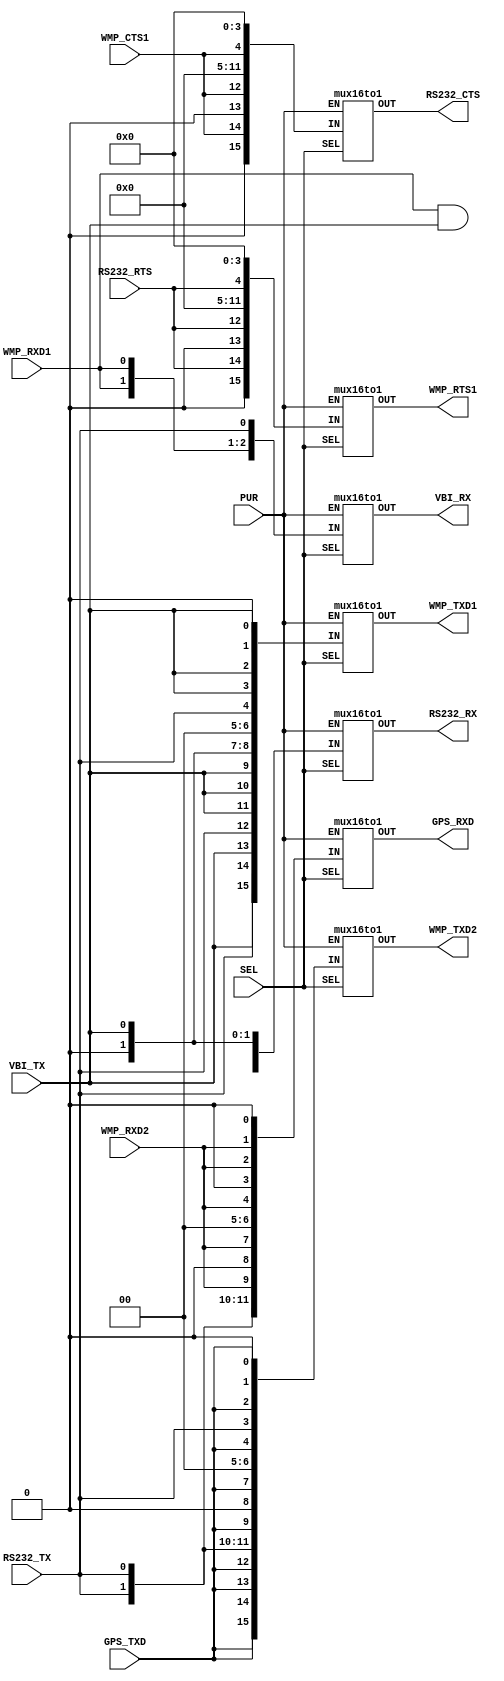
// Copyright (C) 1991-2012 Altera Corporation
// Your use of Altera Corporation's design tools, logic functions 
// and other software and tools, and its AMPP partner logic 
// functions, and any output files from any of the foregoing 
// (including device programming or simulation files), and any 
// associated documentation or information are expressly subject 
// to the terms and conditions of the Altera Program License 
// Subscription Agreement, Altera MegaCore Function License 
// Agreement, or other applicable license agreement, including, 
// without limitation, that your use is for the sole purpose of 
// programming logic devices manufactured by Altera and sold by 
// Altera or its authorized distributors.  Please refer to the 
// applicable agreement for further details.

// PROGRAM		"Quartus II 32-bit"
// VERSION		"Version 12.1 Build 177 11/07/2012 SJ Full Version"
// CREATED		"Fri Nov 30 16:37:58 2012"

module CrossPoint_SW(
input 	[3:0]SEL,
input 	WMP_CTS1,
input 	GPS_TXD,
input 	RS232_TX,
input 	WMP_RXD2,
input 	WMP_RXD1,
input 	VBI_TX,
input 	RS232_RTS,
input 	PUR,
output 	RS232_CTS,
output 	GPS_RXD,
output 	RS232_RX,
output 	WMP_TXD2,
output 	WMP_TXD1,
output 	WMP_RTS1,
output 	VBI_RX
);

//Debug port clear to send
wire [15:0]IN1;
assign IN1[3:0] = 0;
assign IN1[4] = WMP_CTS1;
assign IN1[11:5] = 0;
assign IN1[12] = WMP_CTS1;
assign IN1[13] = 0;
assign IN1[14] = WMP_CTS1;
assign IN1[15] = 0;

mux16to1 	b2v_inst67(
	.EN(PUR),
	.SEL(SEL),
	.IN(IN1),
	.OUT(RS232_CTS)
	);
	
//Vehicle bus receive data
wire [15:0]IN2;
assign IN2[0] = RS232_TX;
assign IN2[1] = WMP_RXD1;
assign IN2[2] = WMP_RXD1;
assign IN2[6:3] = 0;
assign IN2[7] = WMP_RXD1;
assign IN2[8] = RS232_TX;
assign IN2[9] = WMP_RXD1;
assign IN2[10] = WMP_RXD1;
assign IN2[11] = WMP_RXD1;
assign IN2[12] = 0;
assign IN2[13] = WMP_RXD1;
assign IN2[14] = WMP_RXD1;
assign IN2[15] = WMP_RXD1;

mux16to1 	b2v_inst68(
	.EN(PUR),
	.SEL(SEL),
	.IN(IN2),
	.OUT(VBI_RX)
	);
	
//Debug port receive data
wire [15:0]IN3;
assign IN3[0] = VBI_TX;
assign IN3[1] = 0;
assign IN3[2] = GPS_TXD;
assign IN3[3] = WMP_RXD1;
assign IN3[4] = WMP_RXD1;
assign IN3[6:5] = 0;
assign IN3[7] = WMP_RXD1;
assign IN3[8] = VBI_TX;
assign IN3[9] = 0;
assign IN3[10] = GPS_TXD;
assign IN3[11] = GPS_TXD;
assign IN3[12] = WMP_RXD1;
assign IN3[13] = GPS_TXD;
assign IN3[14] = WMP_RXD1 & VBI_TX;
assign IN3[15] = WMP_RXD1;

mux16to1 	b2v_inst69(			
	.EN(PUR),
	.SEL(SEL),
	.IN(IN3),
	.OUT(RS232_RX)
	);

//WMP request to send port 1
wire [15:0]IN4;
assign IN4[3:0] = 0;
assign IN4[4] = RS232_RTS;
assign IN4[11:5] = 0;
assign IN4[12] = RS232_RTS;
assign IN4[13] = 0;
assign IN4[14] = RS232_RTS;
assign IN4[15] = 0;

mux16to1 	b2v_inst71(			
	.EN(PUR),
	.SEL(SEL),
	.IN(IN4),
	.OUT(WMP_RTS1)
	);

//GPS receive data
wire [15:0]IN5;
assign IN5[0] = 0;
assign IN5[1] = WMP_RXD2;
assign IN5[2] = WMP_RXD2;
assign IN5[3] = 0;
assign IN5[4] = WMP_RXD2;
assign IN5[6:5] = 0;
assign IN5[7] = WMP_RXD2;
assign IN5[8] = 0;
assign IN5[9] = WMP_RXD2;
assign IN5[10] = RS232_TX;
assign IN5[11] = RS232_TX;
assign IN5[12] = WMP_RXD2;
assign IN5[13] = WMP_RXD2;
assign IN5[14] = WMP_RXD2;
assign IN5[15] = WMP_RXD2;

mux16to1 	b2v_inst72(			
	.EN(PUR),
	.SEL(SEL),
	.IN(IN5),
	.OUT(GPS_RXD));
	
//WMP transmit data port 2
wire [15:0]IN6;
assign IN6[0] = 0;
assign IN6[1] = GPS_TXD;
assign IN6[2] = GPS_TXD;
assign IN6[3] = RS232_TX;
assign IN6[4] = GPS_TXD;
assign IN6[6:5] = 0;
assign IN6[7] = GPS_TXD;
assign IN6[8] = 0;
assign IN6[9] = GPS_TXD;
assign IN6[10] = RS232_TX;
assign IN6[11] = RS232_TX;
assign IN6[12] = GPS_TXD;
assign IN6[13] = GPS_TXD;
assign IN6[14] = GPS_TXD;
assign IN6[15] = GPS_TXD;

mux16to1 	b2v_inst73(			
	.EN(PUR),
	.SEL(SEL),
	.IN(IN6),
	.OUT(WMP_TXD2));
	
//WMP transmit data port 1
wire [15:0]IN7;
assign IN7[0] = 0;
assign IN7[1] = VBI_TX;
assign IN7[2] = VBI_TX;
assign IN7[3] = VBI_TX;
assign IN7[4] = RS232_TX;
assign IN7[6:5] = 0;
assign IN7[7] = VBI_TX;
assign IN7[8] = 0;
assign IN7[9] = VBI_TX;
assign IN7[10] = VBI_TX;
assign IN7[11] = VBI_TX;
assign IN7[12] = RS232_TX;
assign IN7[13] = VBI_TX;
assign IN7[14] = RS232_TX;
assign IN7[15] = VBI_TX;

mux16to1 	b2v_inst80(			
	.EN(PUR),
	.SEL(SEL),
	.IN(IN7),
	.OUT(WMP_TXD1));

endmodule

module mux16to1(
input		EN,						//Enable (active HIGH), OUT is LOW is EN is LOW
input		[3:0]	SEL,
input		[15:0] IN,
output			OUT
);

assign OUT = IN[SEL] & EN;

endmodule